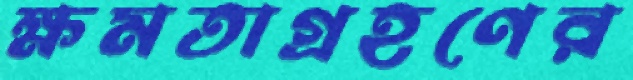
ক্ষমতাগ্রহণের